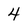
Character: 4